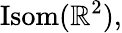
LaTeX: \operatorname{Isom}(\mathbb{R}^{2}),